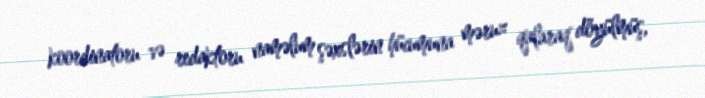
koordinatoru və redaktoru naməlum şəxslərin hücumuna məruz qalaraq döyülmüş,